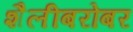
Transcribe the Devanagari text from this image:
शैलीबरोबर